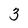
Character: 3